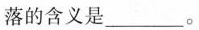
落的含义是___。